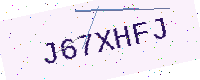
Text: J67XHFJ